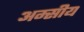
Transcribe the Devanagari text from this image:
अम्सीय